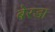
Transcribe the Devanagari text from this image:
बेरडा